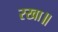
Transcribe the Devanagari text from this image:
रखा॥